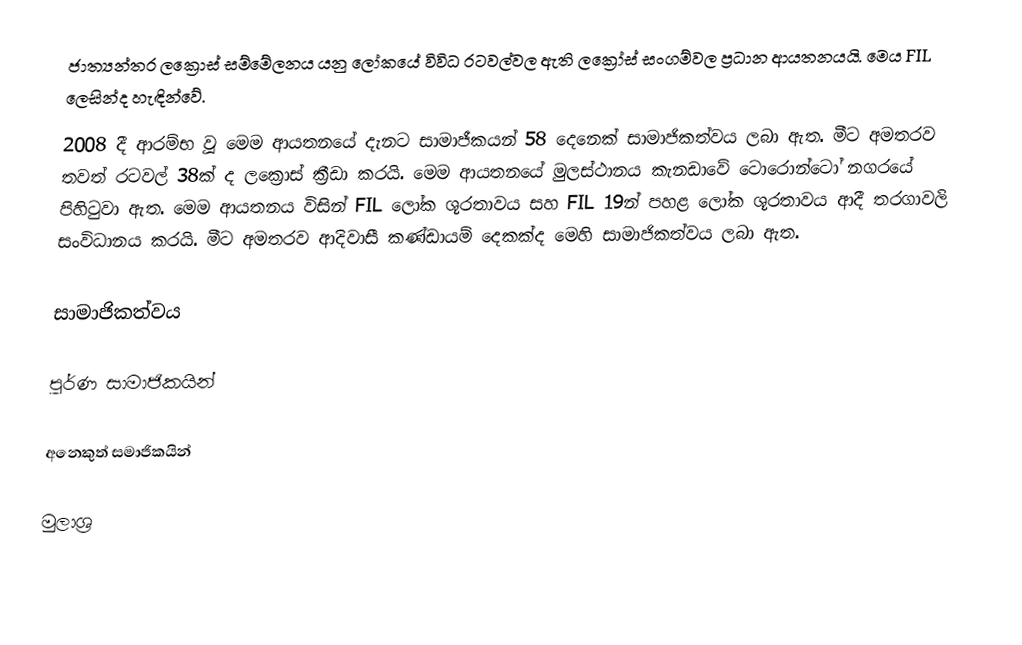
ජාත්‍යන්තර ලක්‍රොස් සම්මේලනය යනු ලෝකයේ විවිධ රටවල්වල ඇති ලක්‍රෝස් සංගම්වල ප්‍රධාන ආයතනයයි. මෙය FIL ලෙසින්ද හැඳින්වේ.
2008 දී ආරම්භ වූ මෙම ආයතනයේ දැනට සාමාජීකයන් 58 දෙනෙක් සාමාජිකත්වය ලබා ඇත. මීට අමතරව තවත් රටවල් 38ක් ද ලක්‍රොස් ක්‍රීඩා කරයි. මෙම ආයතනයේ මුලස්ථානය කැනඩාවේ ටොරොන්ටෝ නගරයේ පිහිටුවා ඇත. මෙම ආයතනය විසින් FIL ලෝක ශූරතාවය සහ FIL 19න් පහළ ලෝක ශූරතාවය ආදී තරගාවලි සංවිධානය කරයි. මීට අමතරව ආදිවාසී කණ්ඩායම් දෙකක්ද මෙහි සාමාජිකත්වය ලබා ඇත.

සාමාජිකත්වය

පුර්ණ සාමාජිකයින්

අනෙකුත් සමාජිකයින්

මුලාශ්‍ර